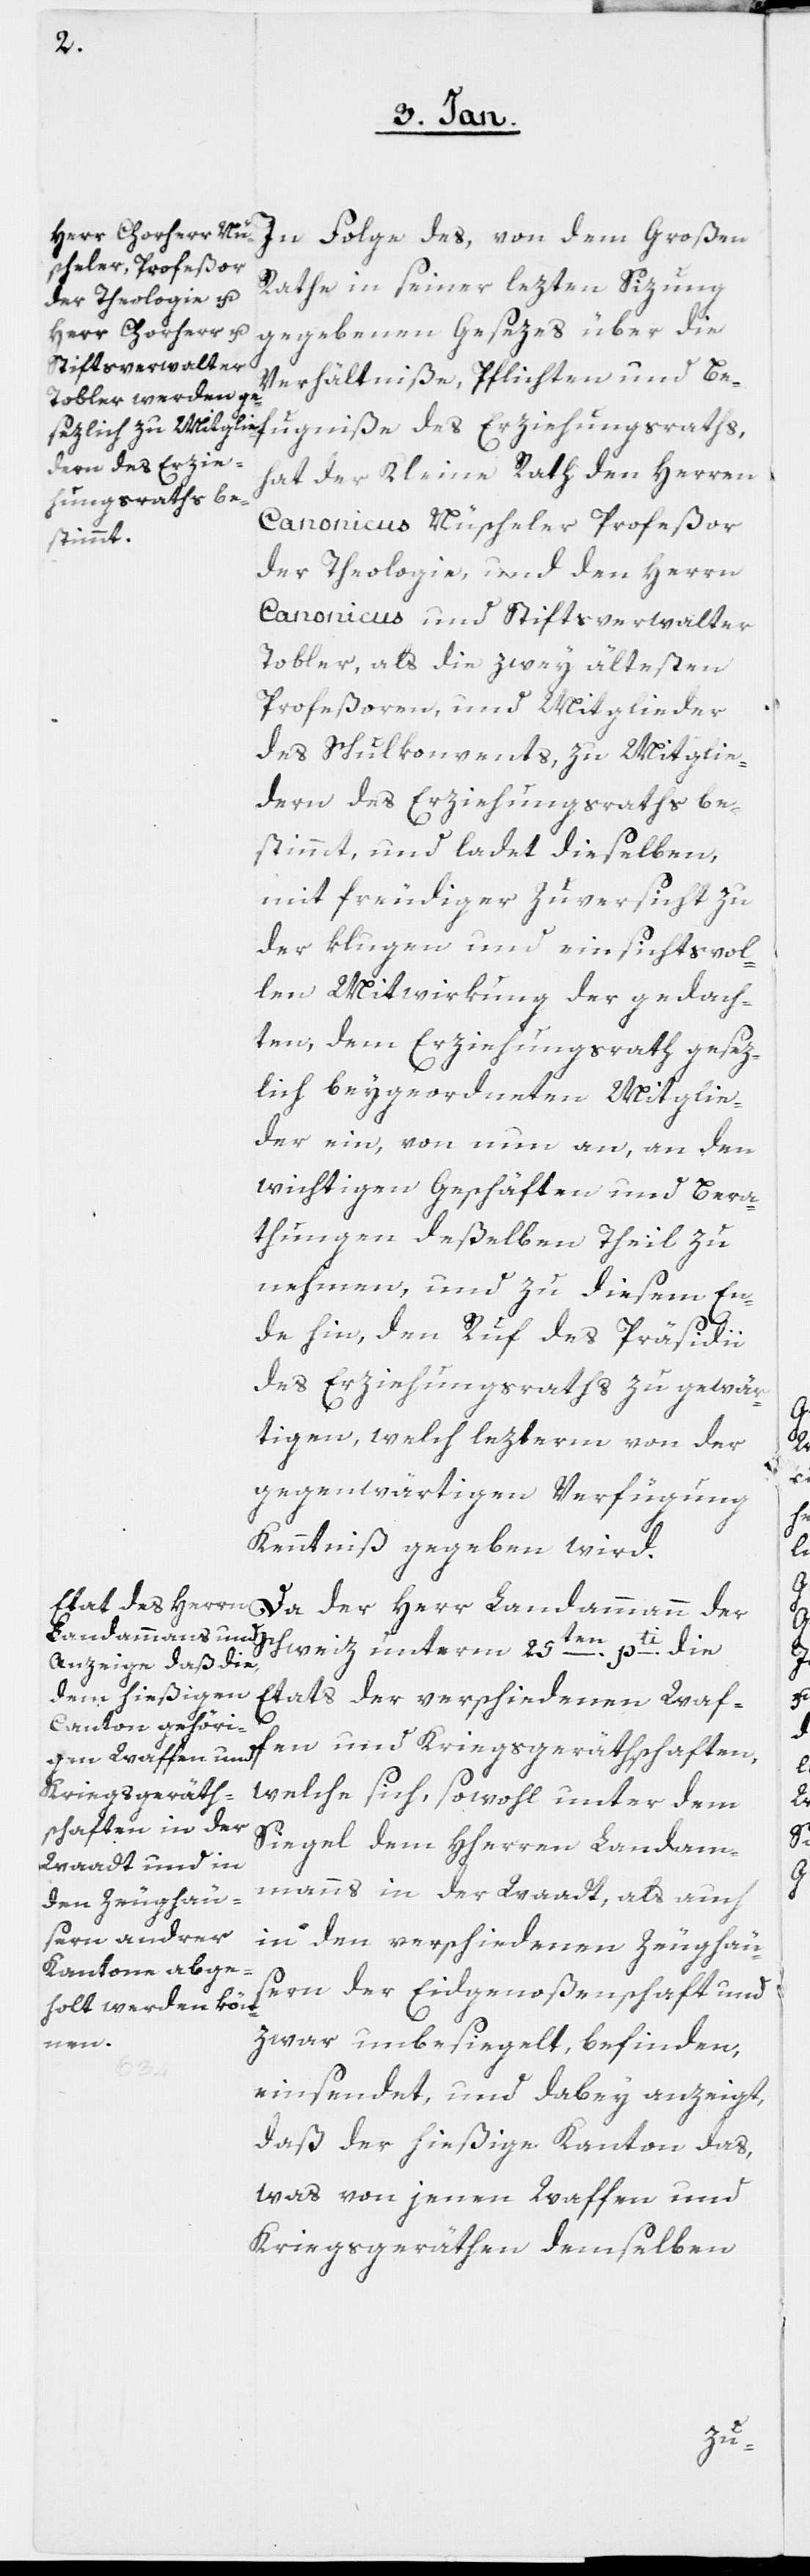
In Folge des, von dem Großen
Rathe in seiner lezten Sizung
gegebenen Gesezes über die
Verhältniße, Pflichten und Be¬
gniße des Erzie¬
hat der Kleine Rath den Herrn
hungsraths,
Canonicus Nüscheler, Profeßor
der Theologie, und den Herrn
Canonicus und Stiftsverwalter
Tobler, als die zwey ältesten
Profeßoren und Mitglieder
des Schulkonvents, zu Mitglie¬
dern des Erziehungsraths be¬
stimmt, und ladet dieselben
mit freudiger Zuversicht zu
der klugen und einsichtsvol¬
len Mitwirkung der gedach¬
ten, dem Erziehungsrath gesez¬
lich beygeordneten Mitglie¬
der ein, von nun an, an den
wichtigen Geschäften und Bera¬
thungen deßelben Theil zu
nehmen, und zu diesem En¬
de hin, den Ruf des Präsidii
des Erziehungsraths zu gewär¬
tigen, welch lezterm von der
gegenwärtigen Verfügung
Kenntniß gegeben wird.
Da der Herr Landammann der
fen und Kriegsgeräthschaften,
welche sich, sowohl unter dem
Siegel dem Hherren Landam¬
manns in der Waadt, als auch
in den verschiedenen Zeughäu¬
sern der Eidgenoßenschaft und
zwar unbesiegelt, befinden,
Waf¬
einsendet, und dabey anzeigt,
daß der hießige Kanton das,
was von jenen Waffen und
Kriegsgeräthen demselben
fu¬